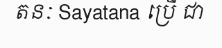
តនៈ Sayatana ប្រើ ជា